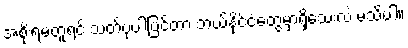
အစိုးရမတူရင် သတ်ပုံပါပြင်တာ ဘယ်နိုင်ငံတွေမှာရှိသေးလဲ မသိပါ။